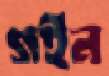
গইন